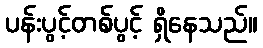
ပန်းပွင့်တစ်ပွင့် ရှိနေသည်။